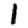
Digit: 1